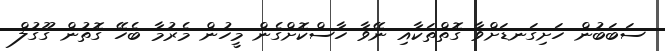
ސަބަބުން ހަށިގަނޑަށްވާ ގޮތްތަކާއި ނޭވާ ހާސްކޮށްގެން މީހުން މެރުމާ ބެހޭ ގޮތުން ގޫގުލް